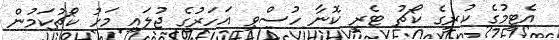
އެޓީމުގެ ކުރީގެ ކޯޗު ޓެރީ ކޮނާ ހުސްވި އަހަރުގެ ޖުލައި މަހު ކޯޗުކަމުން